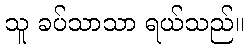
သူ ခပ်သာသာ ရယ်သည်။